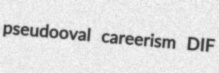
pseudooval careerism DIF